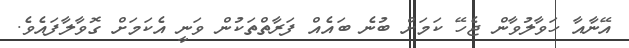
އޭނާއާ ހަވާލުވާން ޖެހޭ ކަމަށް ބުނެ ބައެއް ފަރާތްތަކުން ވަނީ އެކަމަށް ގޮވާލާފައެވެ.